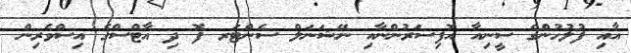
އާއި ފުލުހުންގެ ސީނިއާ އޮފިސަރުންނާއި ނޭޝަނަލް ސެންޓަރ ފޮ ދި އާޓްސްގެ އިސްވެރިން